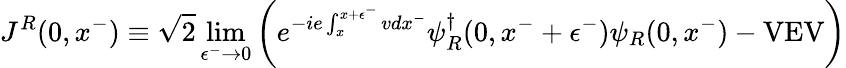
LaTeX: J^{R}(0,x^{-})\equiv\sqrt{2}\operatorname*{lim}_{\epsilon^{-}\rightarrow 0}\left(e^{-ie\int_{x}^{x+\epsilon^{-}}vdx^{-}}\psi_{R}^{\dagger}(0,x^{-}+\epsilon^{-})\psi_{R}(0,x^{-})-\mathrm{VEV}\right)